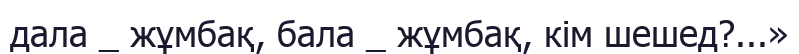
дала _ жұмбақ, бала _ жұмбақ, кім шешед?...»